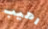
رهيب